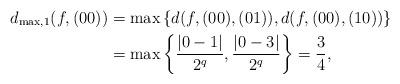
LaTeX: \begin{align*}d_{\textrm{max},1}(f,(00)) &= \max\left\{d(f,(00),(01)),d(f,(00),(10))\right\} \\&= \max\left\{\frac{|0-1|}{2^q},\frac{|0-3|}{2^q} \right\}= \frac{3}{4},\end{align*}